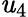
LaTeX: \mathit{u}_{4}